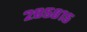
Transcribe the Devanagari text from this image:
२०५८१५